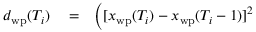
\begin{array} { r l r } { d _ { \mathrm { w p } } ( T _ { i } ) } & { { } = } & { \Big ( [ x _ { \mathrm { w p } } ( T _ { i } ) - x _ { \mathrm { w p } } ( T _ { i } - 1 ) ] ^ { 2 } } \end{array}